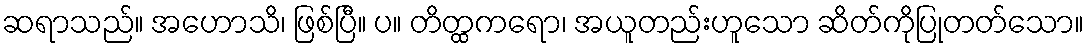
ဆရာသည်။ အဟောသိ၊ ဖြစ်ပြီ။ ပ။ တိတ္ထကရော၊ အယူတည်းဟူသော ဆိတ်ကိုပြုတတ်သော။